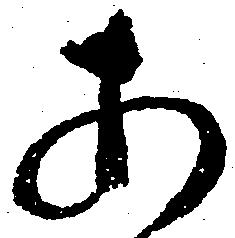
あ